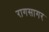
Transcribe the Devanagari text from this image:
रागसागर